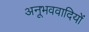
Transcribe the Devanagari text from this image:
अनूभववादियों